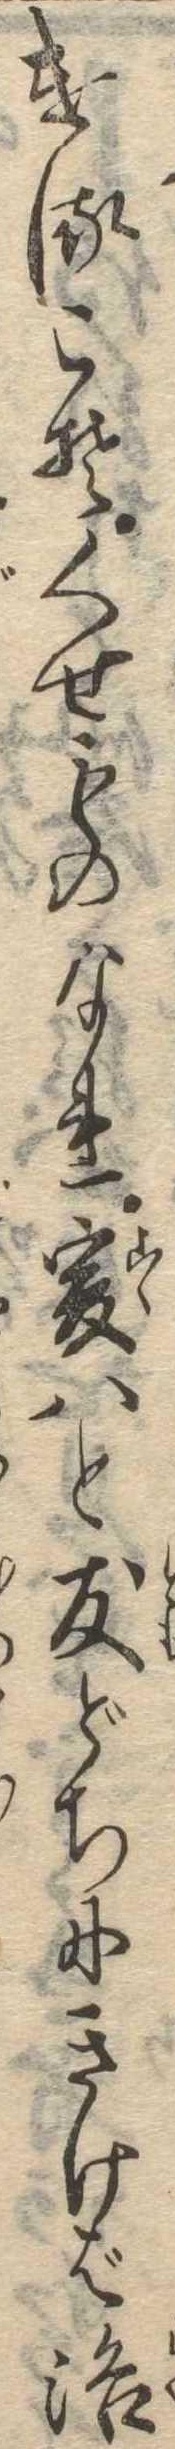
けるこそくせものなれ爰はと友どちにきけば洛